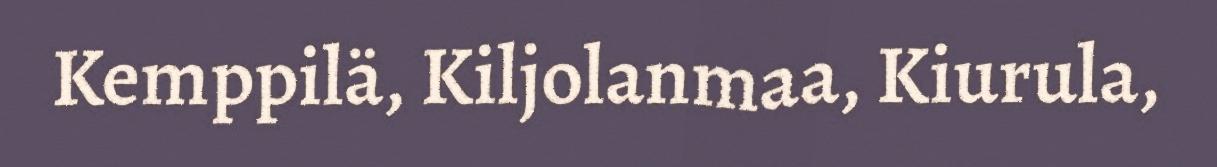
Kemppilä, Kiljolanmaa, Kiurula,